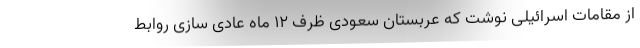
از مقامات اسرائیلی نوشت که عربستان سعودی ظرف ۱۲ ماه عادی سازی روابط